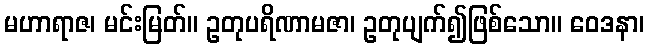
မဟာရာဇ၊ မင်းမြတ်။ ဥတုပရိဏာမဇာ၊ ဥတုပျက်၍ဖြစ်သော။ ဝေဒနာ၊